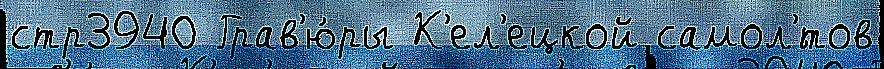
стр3940 Грав'ю́ры К'ел'ецкой самол'́тов